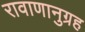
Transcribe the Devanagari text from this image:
रावाणानुग्रह